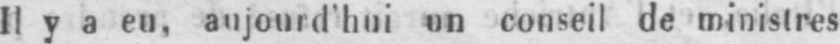
Il y a eu, aujourd’hui un conseil de ministres